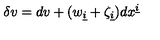
\delta v = d v + ( w _ { \underline { { i } } } + \zeta _ { \underline { { i } } } ) d x ^ { \underline { { i } } }